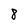
Character: 8